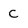
Character: C